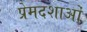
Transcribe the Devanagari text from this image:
प्रेमदशाओं